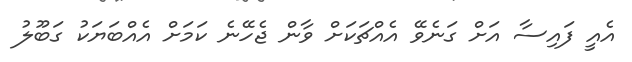
އެއީ ފައިސާ އަށް ގަނެވޭ އެއްޗަކަށް ވާން ޖެހޭނެ ކަމަށް އެއްބަޔަކު ގަބޫލު